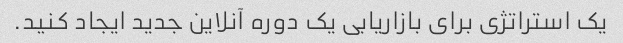
یک استراتژی برای بازاریابی یک دوره آنلاین جدید ایجاد کنید.